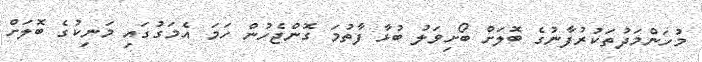
މުހަންމަދުތަކުރުފާނުގެ ބޮލަށް ބޯށިވަލު ބުޅާ ފާތުމަ ގޮންޖެހުން ހަމަ އެމަގުގައި މަނިކުގެ ބޮލަށް